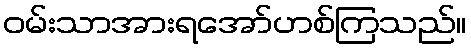
ဝမ်းသာအားရအော်ဟစ်ကြသည်။